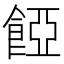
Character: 𩜄